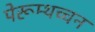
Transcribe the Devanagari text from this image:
पेरूम्थच्चन